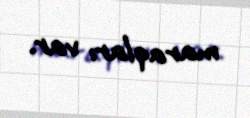
maraqları var.